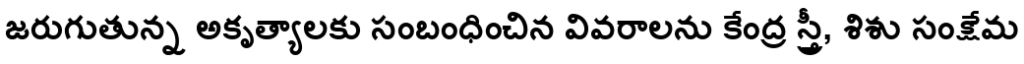
జరుగుతున్న అకృత్యాలకు సంబంధించిన వివరాలను కేంద్ర స్త్రీ, శిశు సంక్షేమ